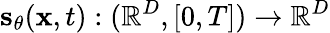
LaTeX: \mathbf{s}_{\theta}(\mathbf{x},t):(\mathbb{R}^{D},[0,T])\rightarrow\mathbb{R}^{D}